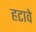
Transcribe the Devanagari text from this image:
हटावे